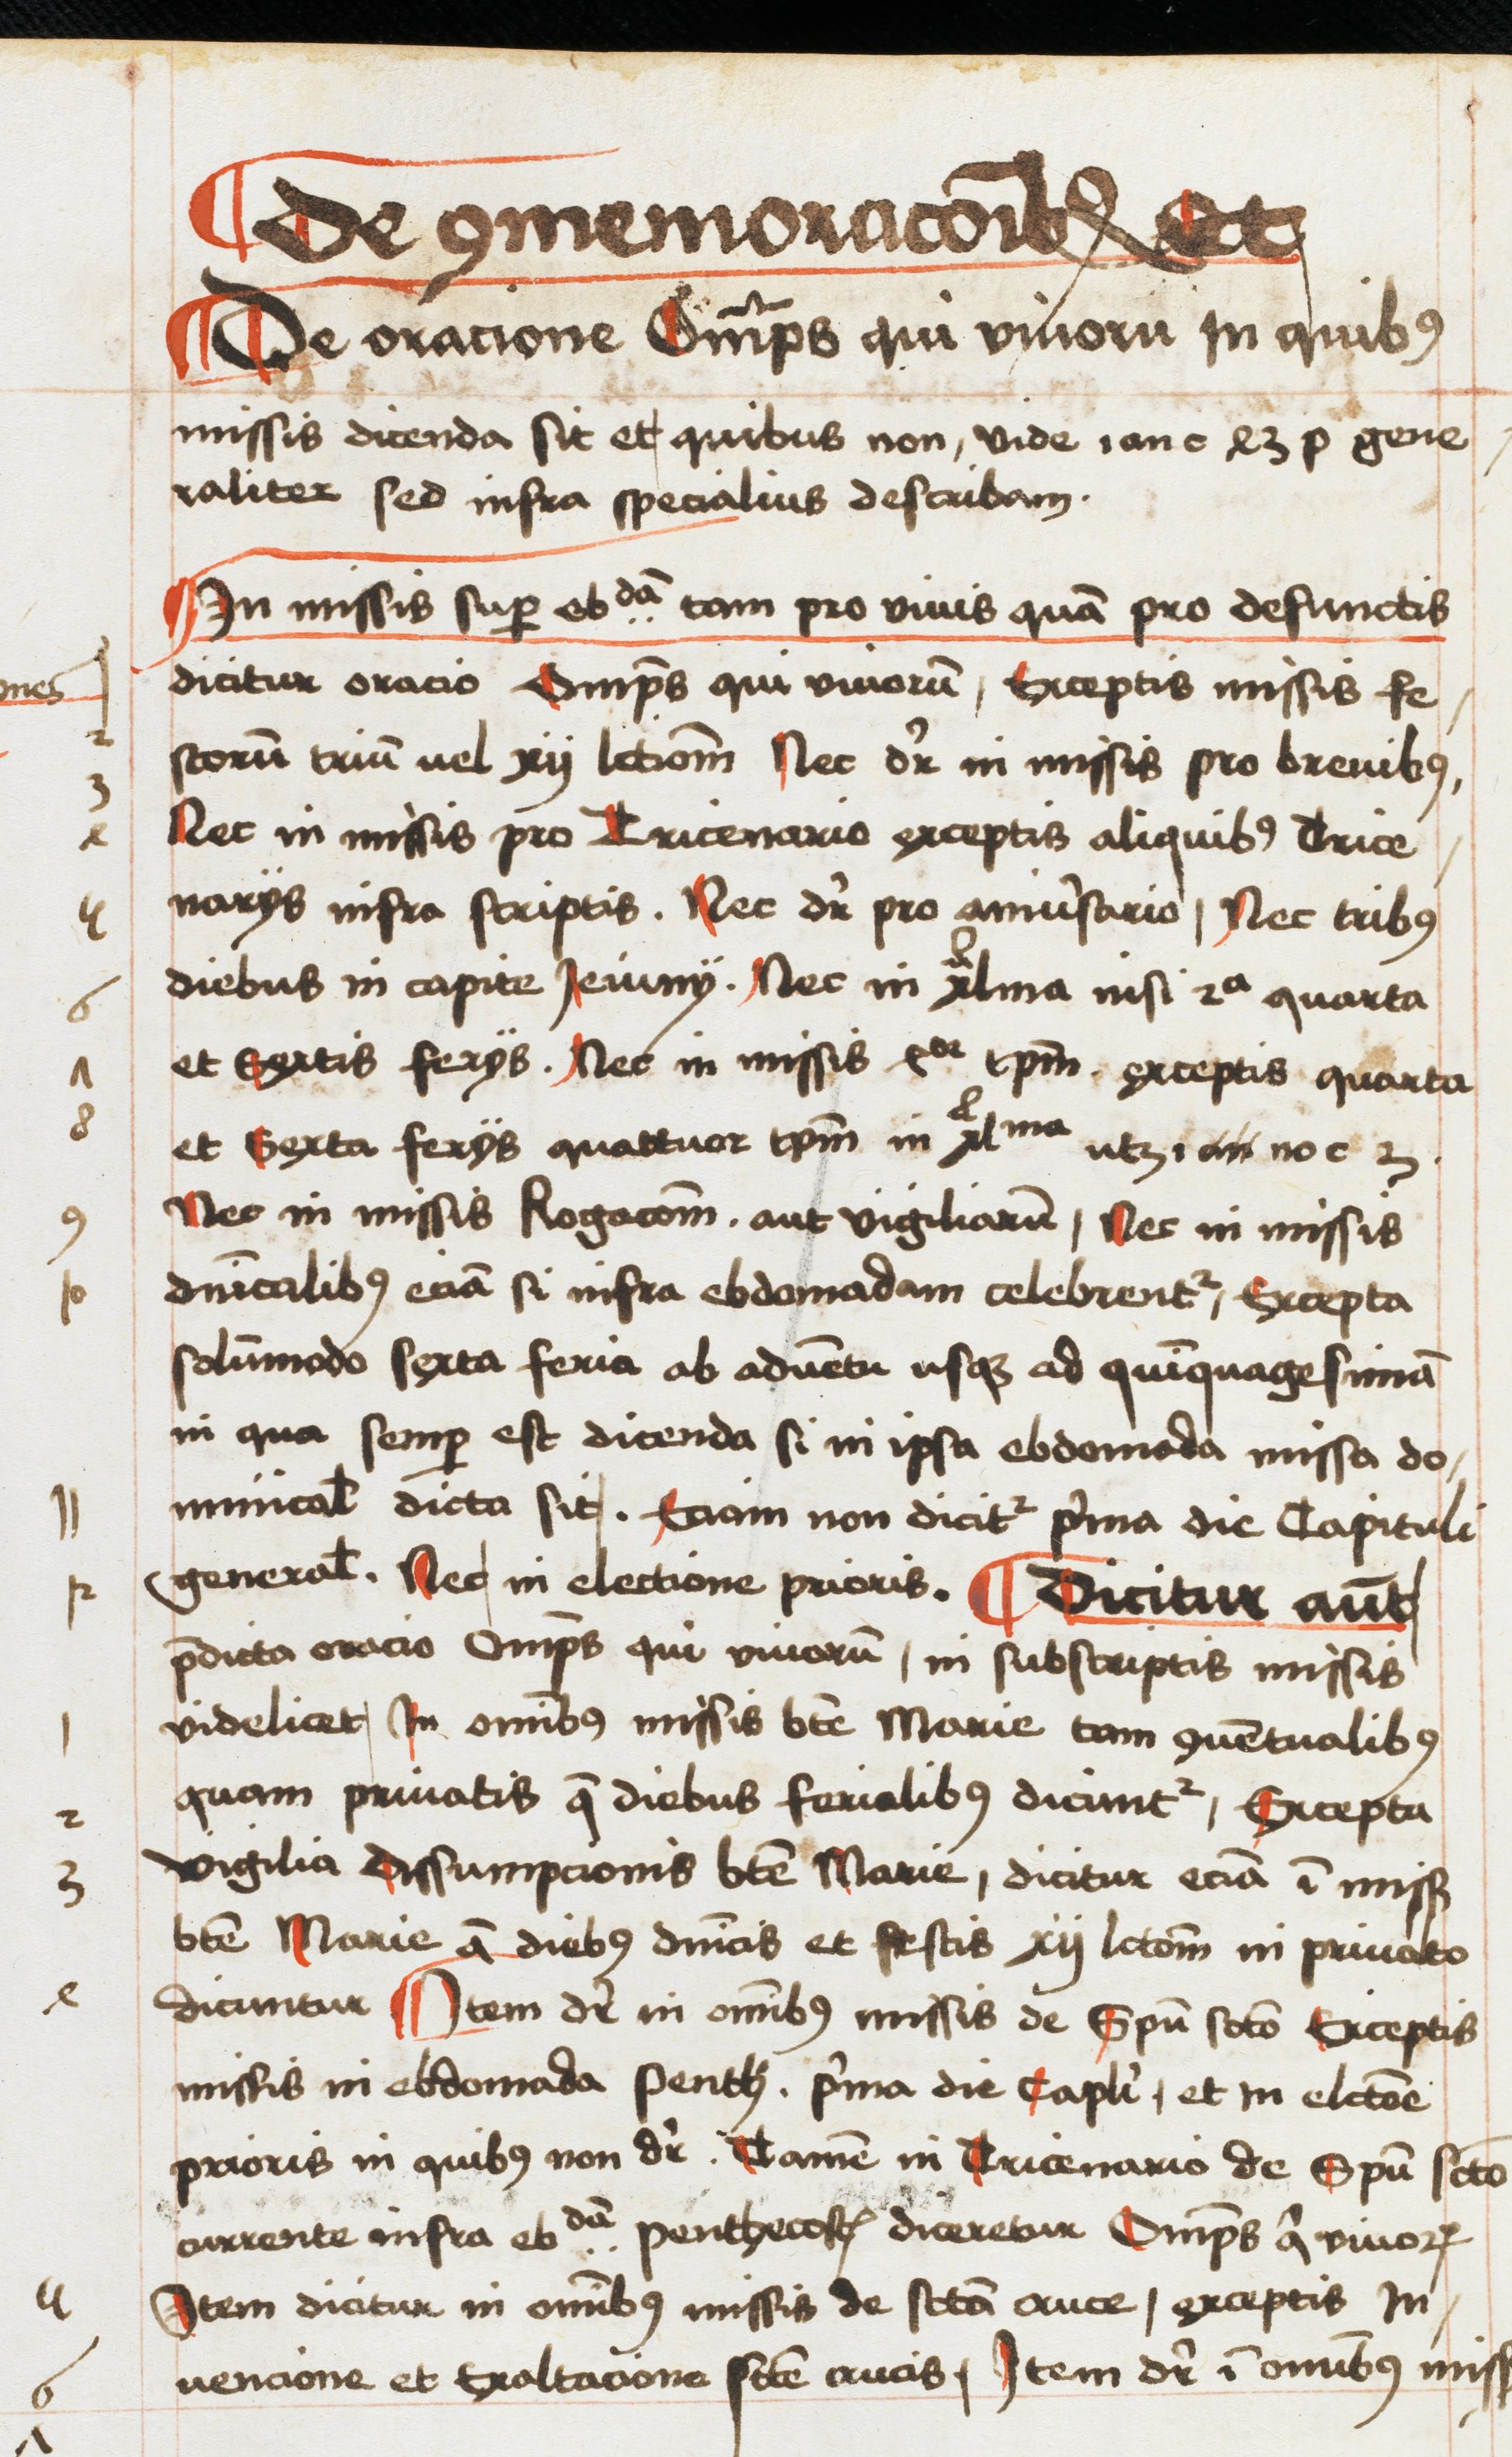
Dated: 1496–1498